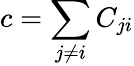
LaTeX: c=\sum_{j\neq i}C_{ji}